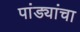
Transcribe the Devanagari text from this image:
पांड्यांचा